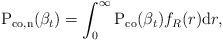
LaTeX: \begin{align*} \textrm{P}_{\textrm{co},\textrm{n}}(\beta_t)= \int_{0}^{\infty} \textrm{P}_\textrm{co} (\beta_t) f_R(r) \mathrm{d}r,\end{align*}